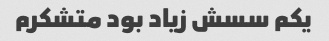
یکم سسش زیاد بود متشکرم